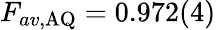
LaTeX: F_{av,\mathrm{AQ}}=0.972(4)